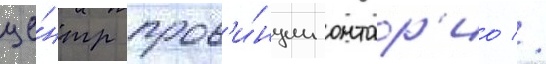
це́нтр пров'и́нции онтар'ио //